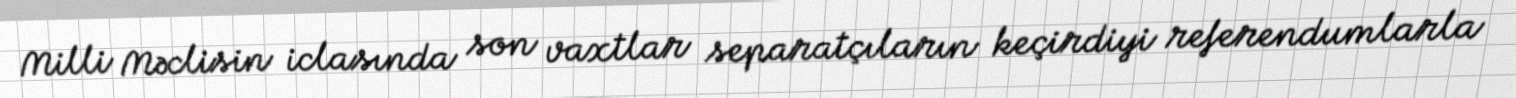
Milli Məclisin iclasında son vaxtlar separatçıların keçirdiyi referendumlarla